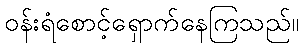
ဝန်းရံစောင့်ရှောက်နေကြသည်။